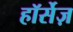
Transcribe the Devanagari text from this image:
हॉर्सेज़